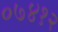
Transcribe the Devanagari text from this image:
०७४१२